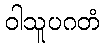
ဝါသူပဂတံ